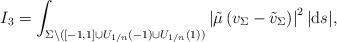
LaTeX: \begin{gather*}I_3 = \int_{\Sigma \backslash ([-1,1]\cup U_{1/n}(-1) \cup U_{1/n}(1))} \left\vert\tilde{\mu}\left( v_{\Sigma} - \tilde{v}_\Sigma \right)\right\vert^2 \vert {\rm d}s\vert,\end{gather*}